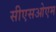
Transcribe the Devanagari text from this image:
सीएसओएम